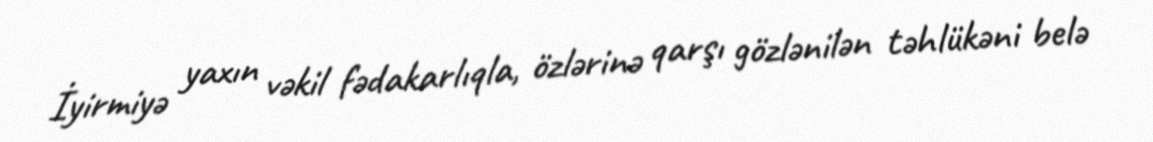
İyirmiyə yaxın vəkil fədakarlıqla, özlərinə qarşı gözlənilən təhlükəni belə